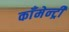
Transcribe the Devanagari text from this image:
काँमेन्ट्री